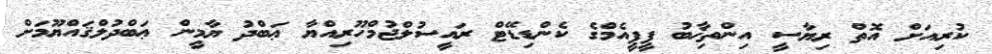
ކުރިއަށް އޮތް ރިޔާސީ އިންތިޚާބު ޕީޕީއެމްގެ ކެންޑިޑޭޓް ރައީސުލްޖުމްހޫރިއްޔާ ޢަބްދު ޔާމީން ޢަބްދުލްޤައްޔޫމަށް